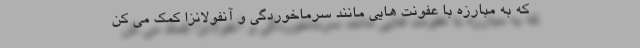
که به مبارزه با عفونت هایی مانند سرماخوردگی و آنفولانزا کمک می کن